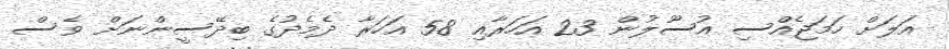
އަލަށް ހަމަޖެއްސި އުސޫލުން 23 އަހަރާއި 58 އަހަރާ ދެމެދުގެ ބިދޭސީންނަށް ވެސް